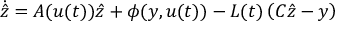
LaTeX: { \dot { \hat { z } } } = A ( u ( t ) ) { \hat { z } } + \phi ( y , u ( t ) ) - L ( t ) \left( C { \hat { z } } - y \right)